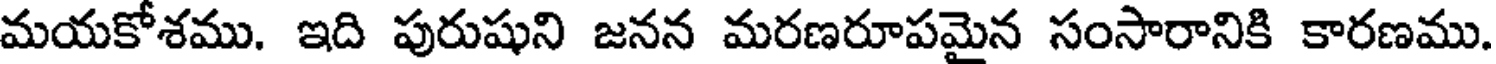
మయకోశము. ఇది పురుషుని జనన మరణరూపమైన సంసారానికి కారణము.